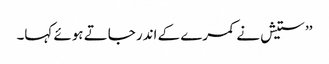
’’ستیش نے کمرے کے اندر جاتے ہوئے کہا۔